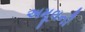
અમૂલની